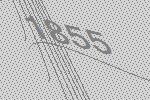
1855